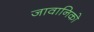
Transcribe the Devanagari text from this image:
जावानिको